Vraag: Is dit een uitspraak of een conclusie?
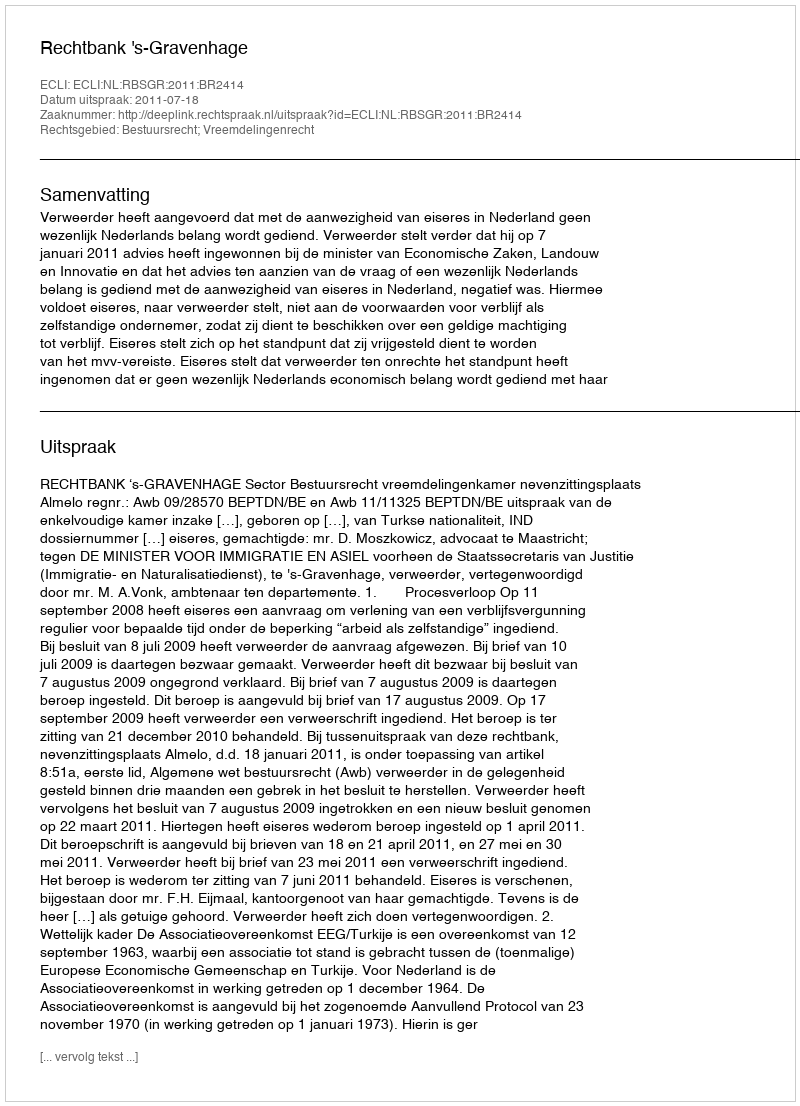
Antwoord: Uitspraak